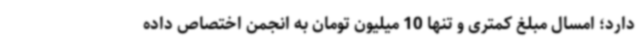
دارد؛ امسال مبلغ کمتری و تنها 10 میلیون تومان به انجمن اختصاص داده